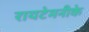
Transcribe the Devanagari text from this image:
रायटेमनीके